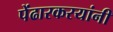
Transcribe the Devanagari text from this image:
पेंढारकरयांनी